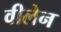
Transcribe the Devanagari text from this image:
वीलेन